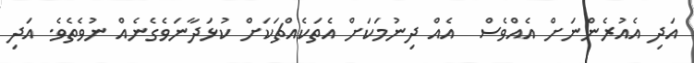
އަދި އެއުރެންނަށް އެއްވެސް  އެއް ދިނުމަކަށް އެތަކެއްޗަކަށް ކުޅަދާނަވެގެނެއް ނުވެތެވެ. އަދި